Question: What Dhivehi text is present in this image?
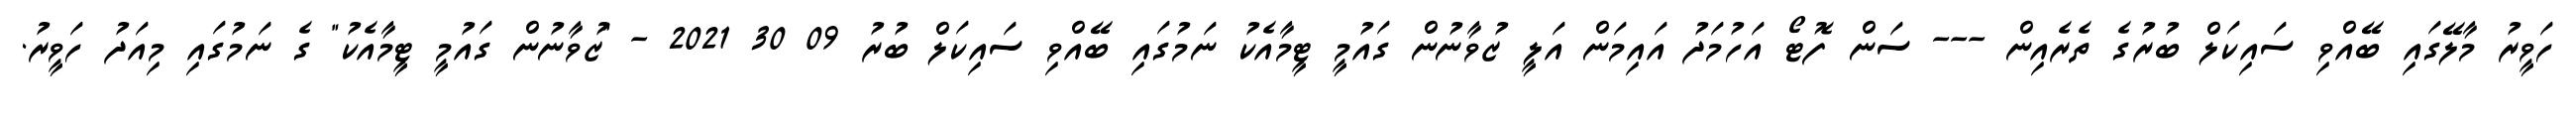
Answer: ހަވީރު މާލޭގައި ބޭއްވި ސައިކަލް ބުރުގެ ތެރެއިން --- ސަން ފޮޓޯ އަހުމަދު އައިމަން އަލީ ޒުވާނުން ގައުމީ ޓީމާއެކު ނަމުގައި ބޭއްވި ސައިކަލް ބުރު 09 30 2021 - "ޒުވާނުން ގައުމީ ޓީމާއެކު" ގެ ނަމުގައި މިއަދު ހަވީރު.